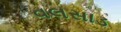
વલસાડ